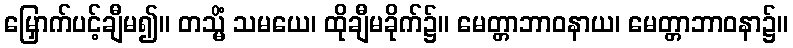
မြှောက်ပင့်ချီမ၍။ တသ္မိံ သမယေ၊ ထိုချီမခိုက်၌။ မေတ္တာဘာဝနာယ၊ မေတ္တာဘာဝနာ၌။